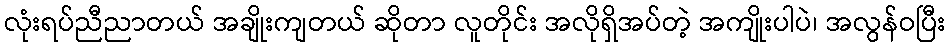
လုံးရပ်ညီညာတယ် အချိုးကျတယ် ဆိုတာ လူတိုင်း အလိုရှိအပ်တဲ့ အကျိုးပါပဲ၊ အလွန်ဝပြီး